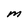
Character: M